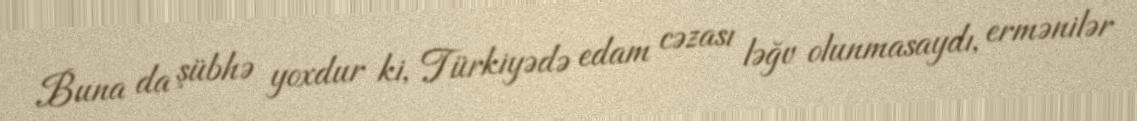
Buna da şübhə yoxdur ki, Türkiyədə edam cəzası ləğv olunmasaydı, ermənilər